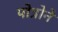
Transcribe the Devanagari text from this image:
पोत्रोने